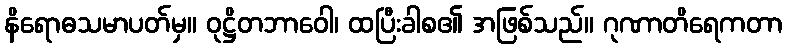
နိရောဓသမာပတ်မှ။ ဝုဋ္ဌိတဘာဝေါ၊ ထပြီးခါစ၏ အဖြစ်သည်။ ဂုဏာတိရေကတာ